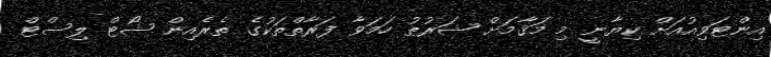
އިންޓަވިއުއަށް ކިޔާނީ މި މަޤާމަށް ޝަރުޠު ހަމަވާ ފަރާތްތަކުގެ ތެރެއިން ޝޯޓް ލިސްޓް